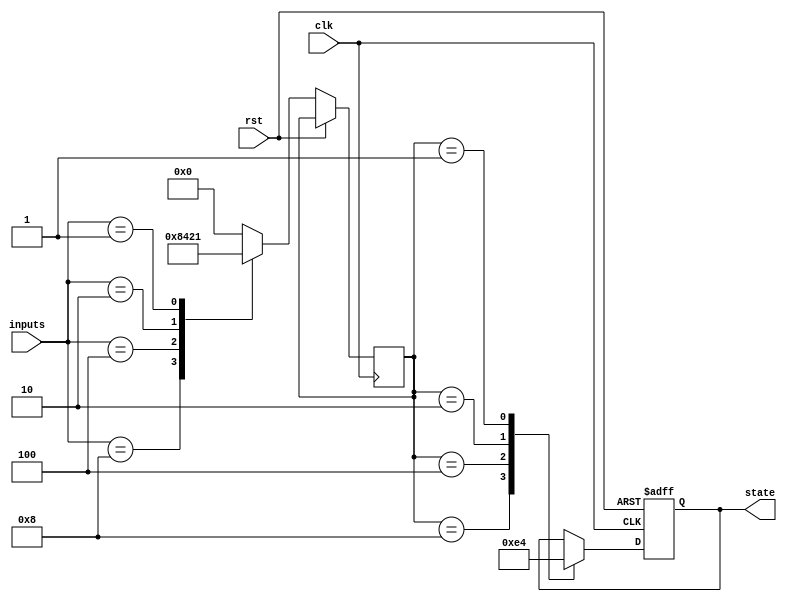
module state_machine (
  input wire [3:0] inputs,
  input wire clk,
  input wire rst,
  output reg [1:0] state
);

reg [3:0] priority_input;

always @(posedge clk or posedge rst) begin
  if (rst) begin
    state <= 2'b00;
  end else begin
    // Priority encoding logic
    case (inputs)
      4'b1000: priority_input <= 4'b1000; // Highest priority input
      4'b0100: priority_input <= 4'b0100;
      4'b0010: priority_input <= 4'b0010;
      4'b0001: priority_input <= 4'b0001;
      default: priority_input <= 4'b0000; // Default when no input
    endcase

    // State machine logic
    case (priority_input)
      4'b1000: state <= 2'b11;  // Priority input state transitions
      4'b0100: state <= 2'b10;
      4'b0010: state <= 2'b01;
      4'b0001: state <= 2'b00;
      default: state <= state; // Maintain current state
    endcase
  end
end

endmodule